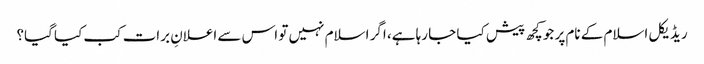
ریڈیکل اسلام کے نام پر جو کچھ پیش کیا جا رہا ہے، اگر اسلام نہیں تو اس سے اعلانِ برات کب کیا گیا؟